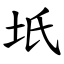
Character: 坁